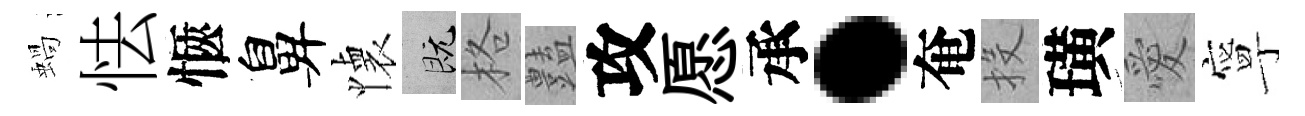
蝸怯愜鼻懐既格𧰟攻愿承·奄投璜愛寧